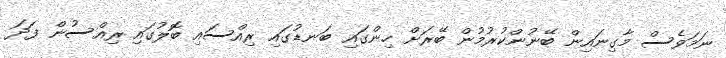
ނަމަވެސް މާގިނައިން ބޭނުންކުރުމުން ބޭރަށް ހިންގައި ބަނޑުގައި ރިއްސައި ބޮލުގައި ރިއްސުން ފަދަ